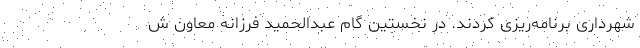
شهرداری برنامه‌ریزی کردند. در نخستین گام عبدالحمید فرزانه معاون ش